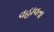
વહાવતા